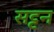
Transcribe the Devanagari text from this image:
सट्टन